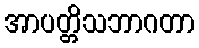
အာပတ္တိသဘာဂတာ